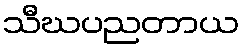
သီဃပညတာယ